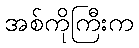
အစ်ကိုကြီးက